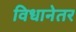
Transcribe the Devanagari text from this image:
विधानेतर